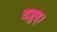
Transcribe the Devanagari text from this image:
यजुष्।